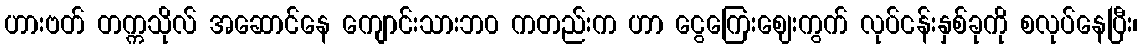
ဟားဗတ် တက္ကသိုလ် အဆောင်နေ ကျောင်းသားဘ၀ ကတည်းက ဟာ ငွေကြေးဈေးကွက် လုပ်ငန်းနှစ်ခုကို စလုပ်နေပြီး၊